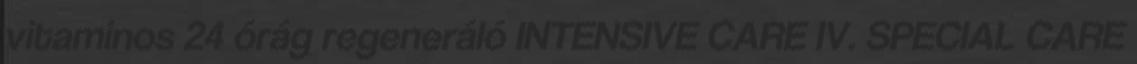
vitaminos 24 órág regeneráló INTENSIVE CARE IV. SPECIAL CARE